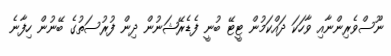
ނޫސްވެރިންނާއި ވާހަކަ ދައްކަމުން ޓީޓޭ ބުނީ ފެޑެރޭޝަނުން ދިން ފުރުސަތުގެ ބޭނުން ހިފާނެ